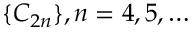
\{ C _ { 2 n } \} , n = 4 , 5 , \dots